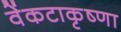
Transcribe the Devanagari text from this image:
वेंकटाकृष्णा